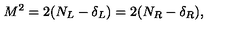
M ^ { 2 } = 2 ( N _ { L } - \delta _ { L } ) = 2 ( N _ { R } - \delta _ { R } ) ,